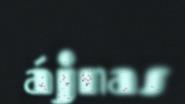
ájnas